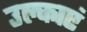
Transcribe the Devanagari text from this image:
उल्काएं